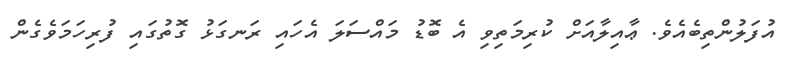
އުފަލުންތިބެއެވެ. ޢާއިލާއަށް ކުރިމަތިވި އެ ބޮޑު މައްސަލަ އެހައި ރަނގަޅު ގޮތުގައި ފުރިހަމަވެގެން